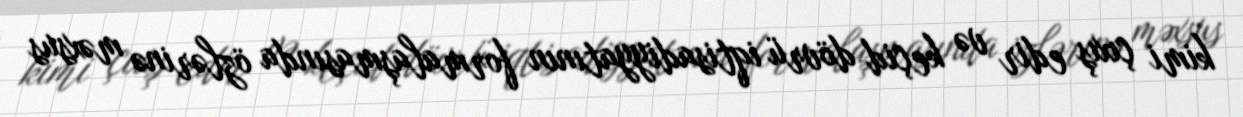
kimi çıxış edir və keçid dövrü iqtisadiyyatının formalaşmasında özlərinə məxsus